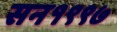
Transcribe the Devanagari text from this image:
सन१९९७